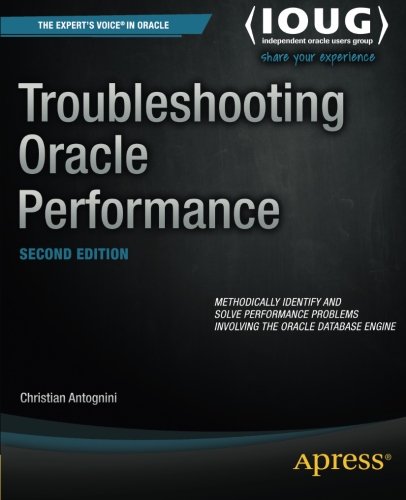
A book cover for Troubleshooting Oracle Performance; Christian Antognini; Computers & Technology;